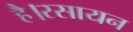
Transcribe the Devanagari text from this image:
है।रसायन